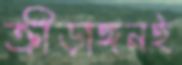
ক্রীড়াঙ্গনই